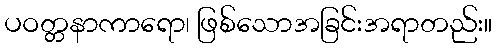
ပဝတ္တနာကာရော၊ ဖြစ်သောအခြင်းအရာတည်း။